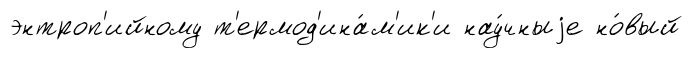
энтроп'ийному т'ермод'ина́м'ик'и нау́чныjе но́вый